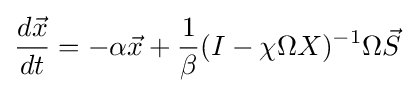
{\frac {d{\vec {x}}}{dt}}=-\alpha {\vec {x}}+{\frac {1}{\beta }}(I-\chi \Omega X)^{-1}\Omega {\vec {S}}